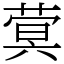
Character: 蓂